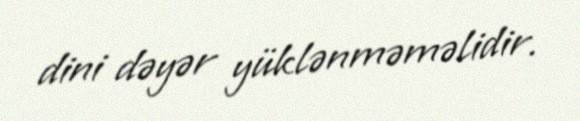
dini dəyər yüklənməməlidir.